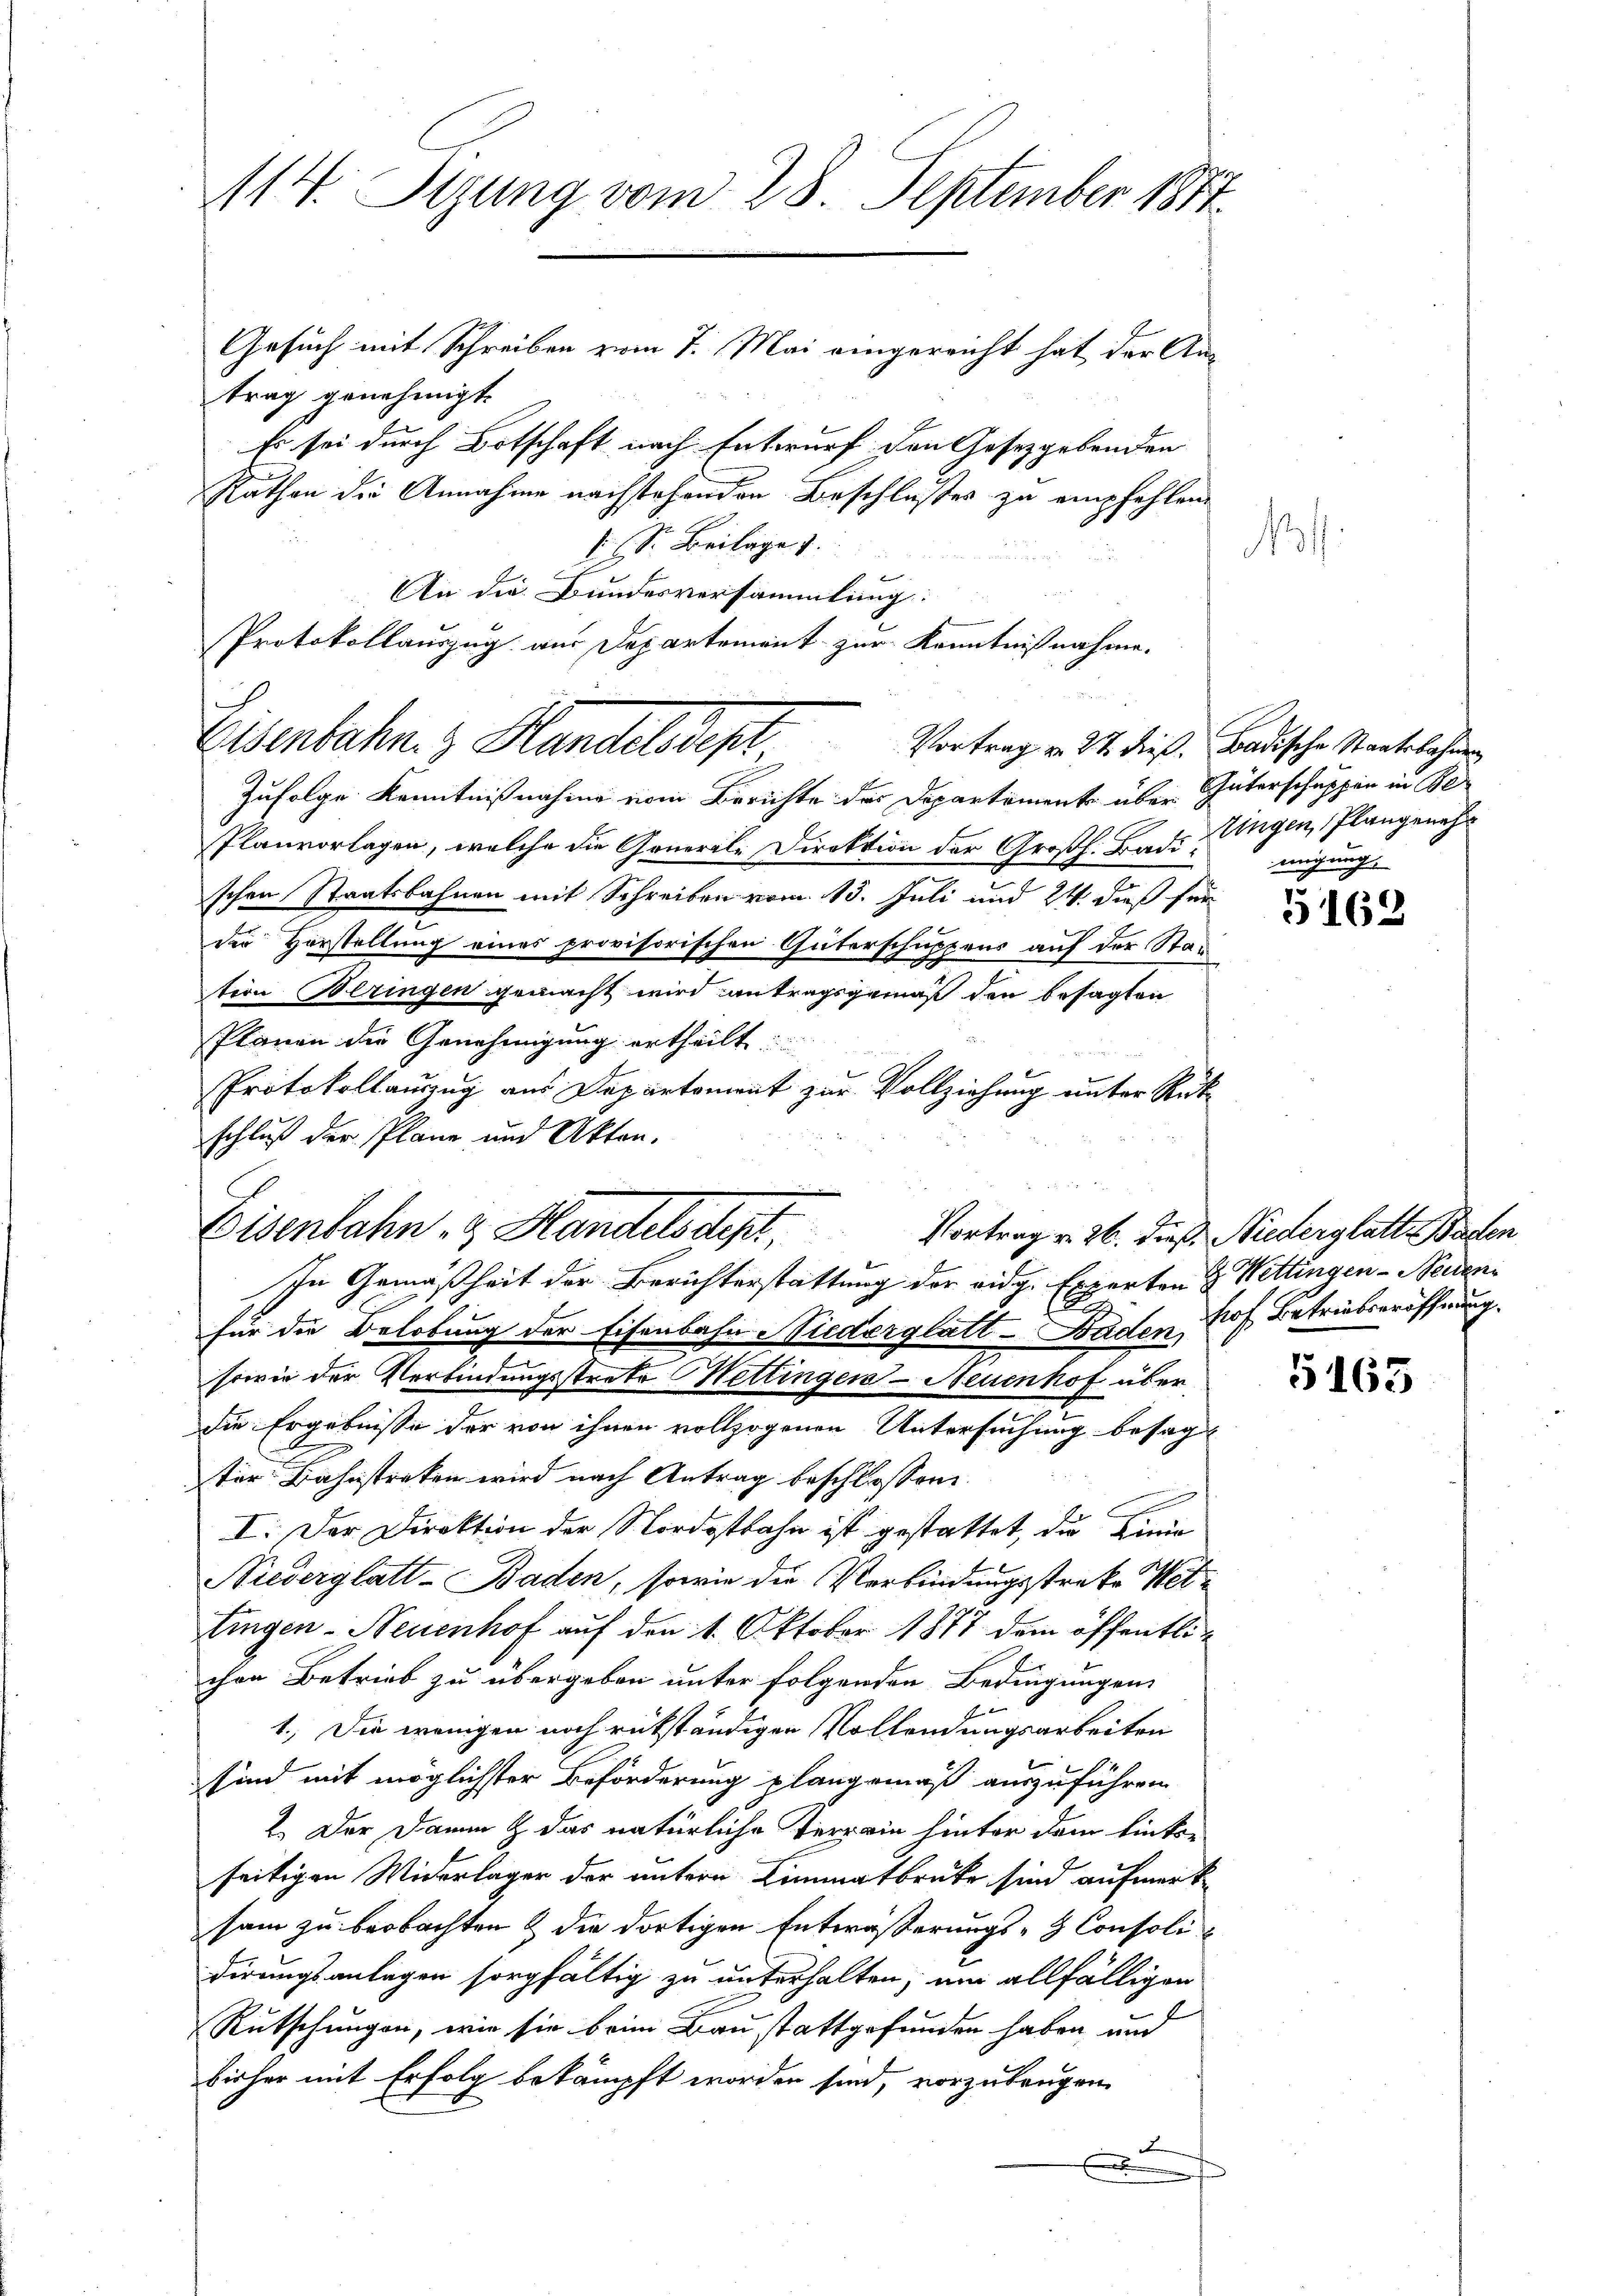
trag genehmigt.
Es sei durch Botschaft nach Entwurf den Gesetzgebenden
Kathen die Annahme nachstehenden Beschlußes zu empfehlen.
 Sr. Beilage
An die Bundesversammlung:
Protokollauszug aus Departement zur Kenntnißnahme.

114. Tizung vom 28. September 1817.
Gesuch mit Schreiben vom 7. Mai eingereicht hat der An-

Eisenbahn. & Handelsdept, Vortrag v. 24. diese Badische Staatsbahnung

Zufolge Kenntnißnahme vom Berichte der Departement über Güterschuppen in Be
Planvorlagen, welche die Generale Direktion der Großh. Bade Eingen, Plangenehm
schen Staatsbahnen mit Schreiben vom 15. Juli und 24. dieß für
der Vorstellung eines provisorischen Güterschuppens auf der Station Beringen gemacht wird antragsgemäß den besagten
Planen die Genehmigung ertheilt.
Protokollauszug aus Departement zur Vollziehung unter Rük
schluß der Plane und Akten.
In Gemäßheit der Berichterstattung der eidg. Experten & Wettingen - Neuenfür die Belobung der Eisenbahn Niederglatt - Baden, hof Betriebseröffnung.
sowie der Verbindungsstrate Mettingen - Neuenhof über
die Ergebnisse der von ihnen vollzogenen Untersuchung besagter Bahnstraken wird nach Antrag beschlossene
I. Der Direktion der Nordostbahn ist gestattet, die Kinde
Niederglatt - Baden, sowie die Verbindungsstrake Wettingen - Neuenhof auf den 1. Oktober 1877 dem öffentlichon Betrieb zu übergeben unter folgenden Bedingungen
1.) Die wenigen noch rükständigen Vollendungsarbeiten
sind mit möglichster Beförderung plangemäß auszuführen
2. Der Damm & das natürliche Terrain hinter dem linke-
seitigen Widerlager der untern Limmatbrücke sind aufmerksam zu beobachten & die dortigen Entwäßerungs- & Consoli-
dirungsanlagen sorgfältig zu unterhalten, um allfälligen
1
Rutschungen, wie sie beim Bau stattgefunden haben, und
bisher mit Erfolg bekämpft worden sind, vorzubeugen
x
f

Eisenbahn & Handelsdept,

f

migung.

5169

Vortrag v. 26. Prof. Niederglatt Baden

5165